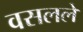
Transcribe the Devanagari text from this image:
वसलले